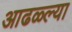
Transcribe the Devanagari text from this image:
आढळ्ल्या